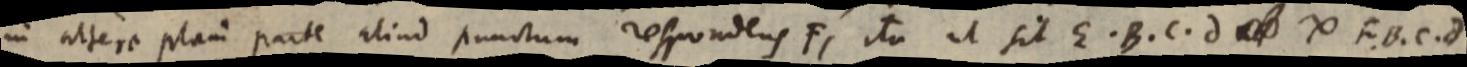
in altero plani parte aliud punctum respondens F, ita ut sit E. B. C. d _ ∞ F. B. C. d